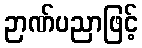
ဉာဏ်ပညာဖြင့်